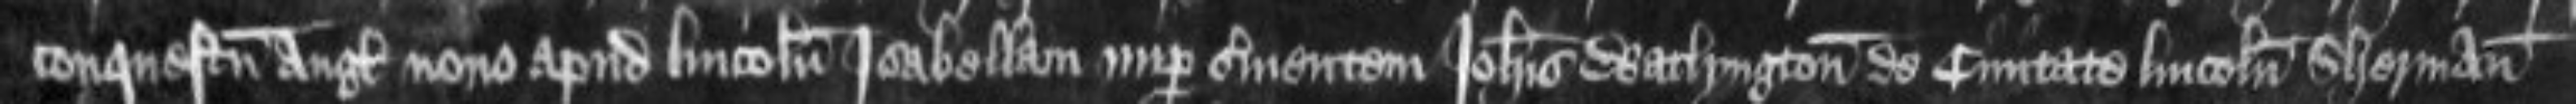
conquestum Anglie nono apud Lincolniam Isabellam nuper servientem Johannis Watlyngton de civitate Lincolnie Sherman